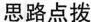
思路点拨